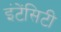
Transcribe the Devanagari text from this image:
इंटेंसिटी